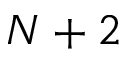
N + 2